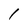
Character: l